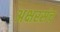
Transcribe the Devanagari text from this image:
अक्षरसंच